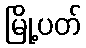
မြို့ပတ်